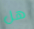
هل